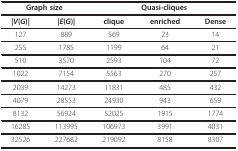
| <COLSPAN=2> Graph size | <COLSPAN=3> Quasi-cliques |
 | --- | --- | --- | --- | --- |
 | |V(G)| | |E(G)| | clique | enriched | Dense |
 | 127 | 889 | 569 | 23 | 14 |
 | 255 | 1785 | 1199 | 64 | 21 |
 | 510 | 3570 | 2593 | 104 | 72 |
 | 1022 | 7154 | 5563 | 270 | 257 |
 | 2039 | 14273 | 11831 | 485 | 432 |
 | 4079 | 28553 | 24930 | 943 | 659 |
 | 8132 | 56924 | 52025 | 1915 | 1774 |
 | 16285 | 113995 | 106973 | 3991 | 4031 |
 | 32526 | 227682 | 219092 | 8158 | 8307 |